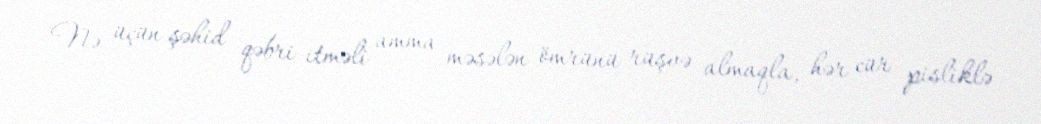
Nə üçün şəhid qəbri itməli amma məsələn ömrünü rüşvə almaqla, hər cür pisliklə